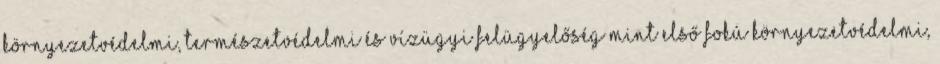
KÖRNYEZETVÉDELMI, TERMÉSZETVÉDELMI ÉS VÍZÜGYI FELÜGYELŐSÉG mint első fokú környezetvédelmi,